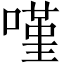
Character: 𠻨